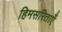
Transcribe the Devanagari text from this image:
हिमसरिताएँ